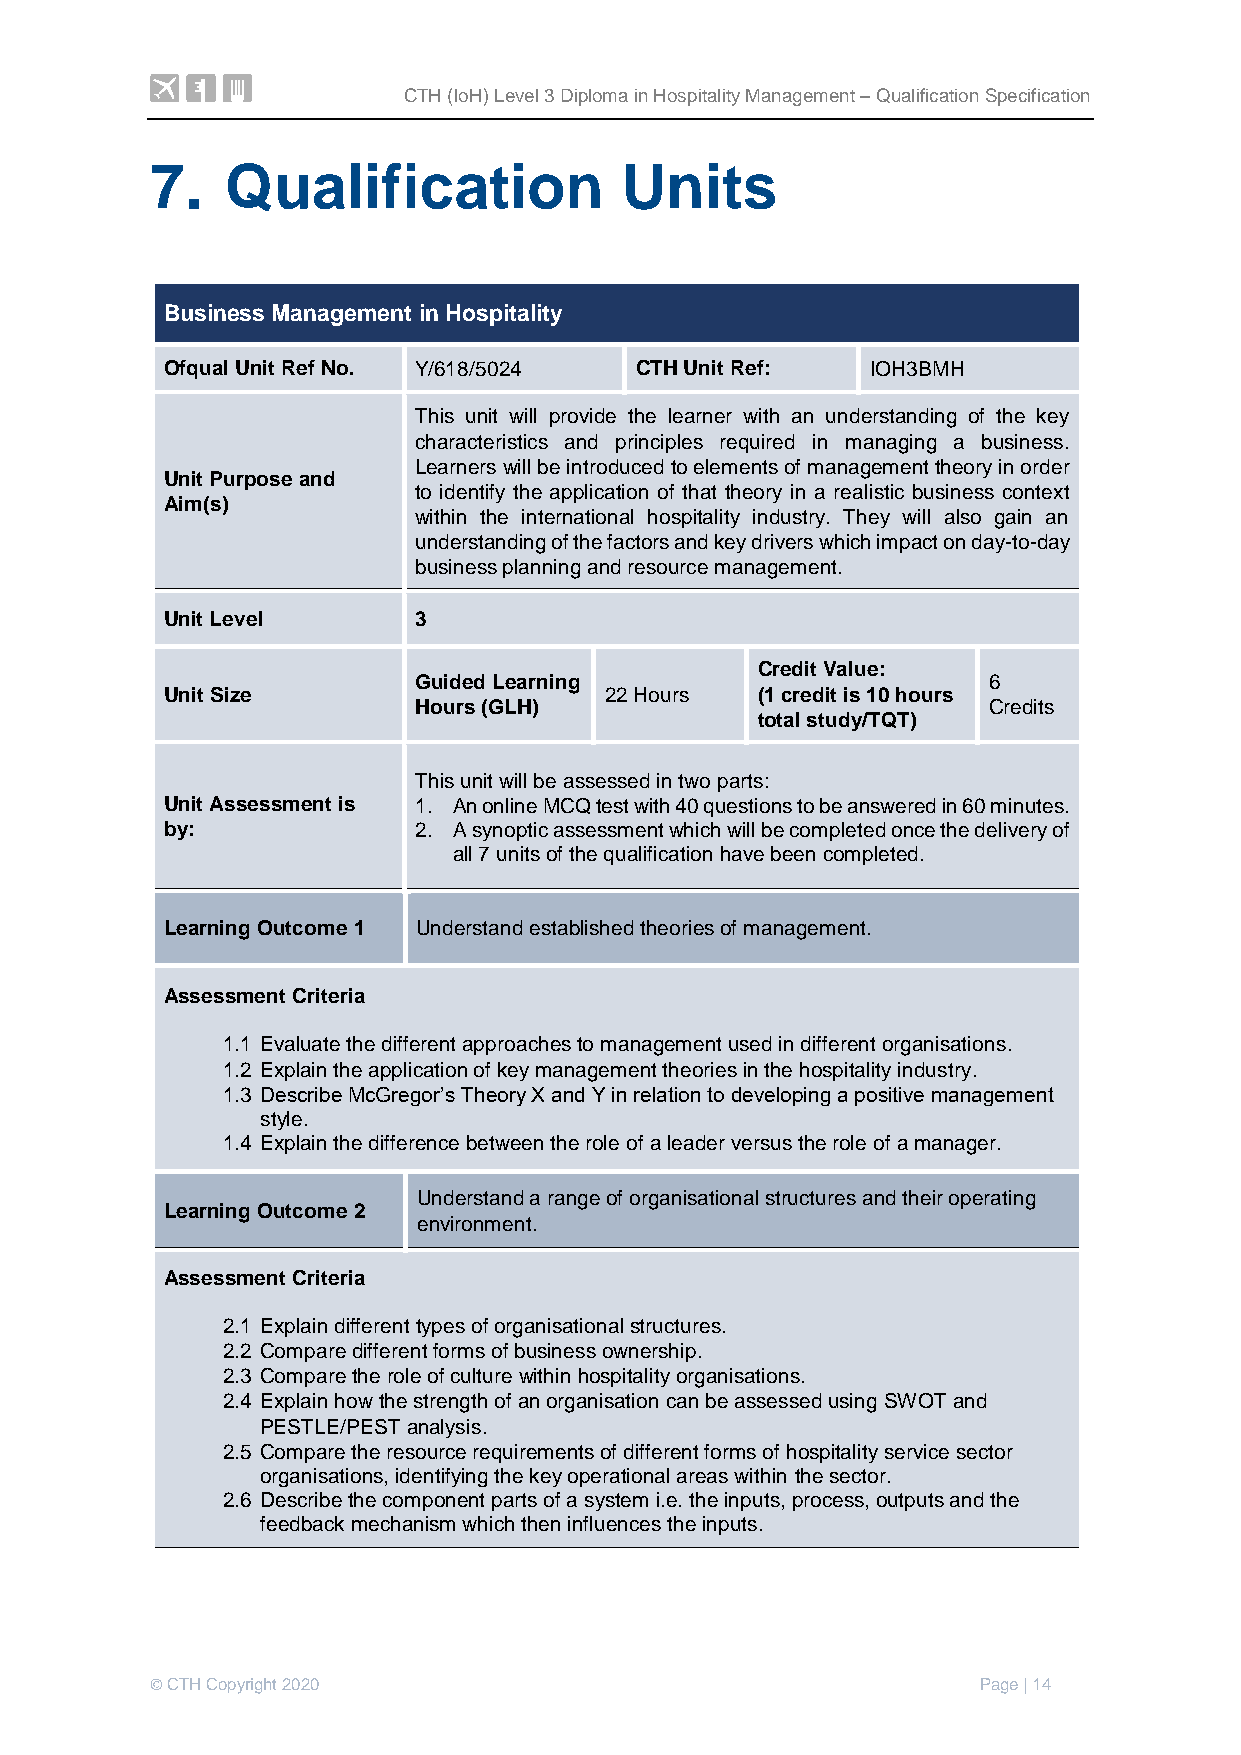
CTH (IoH) Level 3 Diploma in Hospitality Management – Qualification Specification
 7.   Qualification             Units
 Business Management in Hospitality
 Ofqual Unit Ref No. Y/618/5024 CTH Unit Ref:   IOH3BMH
 This unit will provide the learner with an understanding of the key
 characteristics and principles required in managing a business.
 Learners will be introduced to elements of management theory in order
 Unit Purpose and
 to identify the application of that theory in a realistic business context
 Aim(s)
 within the international hospitality industry. They will also gain an
 understanding of the factors and key drivers which impact on day-to-day
 business planning and resource management.
 Unit Level      3
 Credit Value:
 Guided Learning                       6
 Unit Size                    22 Hours  (1 credit is 10 hours
 Hours (GLH)                           Credits
 total study/TQT)
 This unit will be assessed in two parts:
 Unit Assessment is 1. An online MCQ test with 40 questions to be answered in 60 minutes.
 by:             2. A synoptic assessment which will be completed once the delivery of
 all 7 units of the qualification have been completed.
 Learning Outcome 1 Understand established theories of management.
 Assessment Criteria
 1.1 Evaluate the different approaches to management used in different organisations.
 1.2 Explain the application of key management theories in the hospitality industry.
 1.3 Describe McGregor’s Theory X and Y in relation to developing a positive management
 style.
 1.4 Explain the difference between the role of a leader versus the role of a manager.
 Understand a range of organisational structures and their operating
 Learning Outcome 2
 environment.
 Assessment Criteria
 2.1 Explain different types of organisational structures.
 2.2 Compare different forms of business ownership.
 2.3 Compare the role of culture within hospitality organisations.
 2.4 Explain how the strength of an organisation can be assessed using SWOT and
 PESTLE/PEST analysis.
 2.5 Compare the resource requirements of different forms of hospitality service sector
 organisations, identifying the key operational areas within the sector.
 2.6 Describe the component parts of a system i.e. the inputs, process, outputs and the
 feedback mechanism which then influences the inputs.
 © CTH Copyright 2020                                   Page | 14